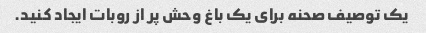
یک توصیف صحنه برای یک باغ وحش پر از روبات ایجاد کنید.